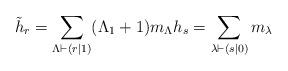
LaTeX: \begin{gather*}\tilde{h}_r=\sum\limits_{\Lambda\vdash(r|1)}(\Lambda_1+1)m_{\Lambda}h_s=\sum\limits_{\lambda\vdash(s|0)}{m_{\lambda}}\end{gather*}